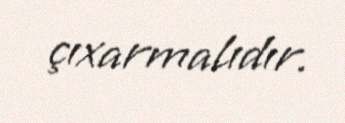
çıxarmalıdır.